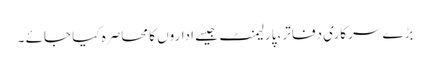
بڑے سرکاری دفاتر، پارلیمنٹ جیسے اداروں کا محاصرہ کیا جائے ۔